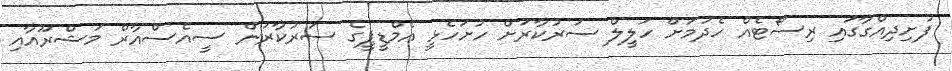
ފުށިދިއްގާގައި ރިސޯޓެއް ހެދުމަށް ހަލީލް ސަރުކާރަށް ހުށަހެޅީ އެމްޑީޕީގެ ސަރުކާރުން ސީއެސްއާރް މަޝްރޫއާއި